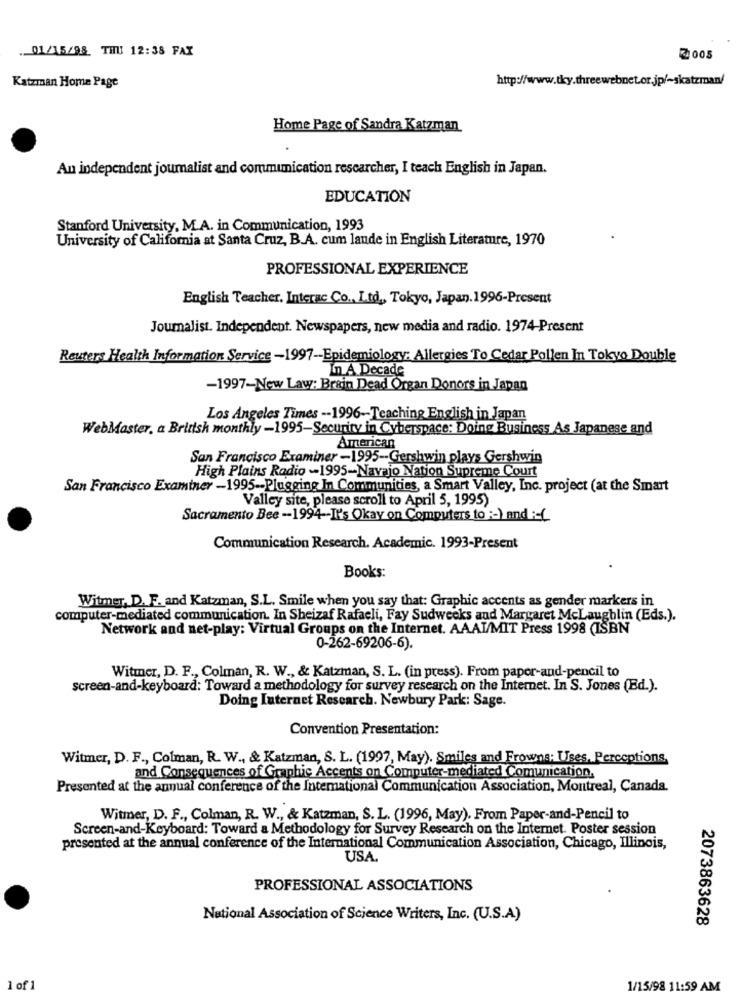
._ 01/15/98 THU 12:38 FAX
₹005
http://www.tky.threewebnet.or.jp/~skatzman/
Katzman Home Page
Home Page of Sandra Katzman
An independent journalist and communication researcher, I teach English in Japan.
EDUCATION
Stanford University, M.A. in Communication, 1993
University of California at Santa Cruz, B.A. cum laude in English Literature, 1970
PROFESSIONAL EXPERIENCE
English Teacher, Interac Co ., Ltd ., Tokyo, Japan.1996-Present
Journalist. Independent. Newspapers, new media and radio. 1974-Present
Reuters Health Information Service -1997-Epidemiology: Allergies To Cedar Pollen In Tokyo Double
In A Decade
-1997-New Law: Brain Dead Organ Donors in Japan
Los Angeles Times -- 1996 -- Teaching English in Japan
WebMaster, a British monthly -1995-Security in Cyberspace: Doing Business As Japanese and
American
San Francisco Examiner -1995 -- Gershwin plays Gershwin
High Plains Radio -1995-Navajo Nation Supreme Court
San Francisco Examiner -1995-Plugging In Communities, a Smart Valley, Inc. project (at the Smart
Valley site, please scroll to April 5, 1995)
Sacramento Bee -- 1994-It's Okay on Computers to :- ) and :- (
Communication Research. Academic. 1993-Present
Books:
Witmer, D. F. and Katzman, S.L. Smile when you say that: Graphic accents as gender markers in
computer-mediated communication. In Sheizaf Rafaeli, Fay Sudweeks and Margaret McLaughlin (Eds.).
Network and net-play: Virtual Groups on the Internet. AAALMIT Press 1998 (ISBN
0-262-69206-6).
Witmer, D. F ., Colman, R. W ., & Katzman, S. L. (in press). From papor-and-pencil to
screen-and-keyboard: Toward a methodology for survey research on the Internet. In S. Jones (Bd.).
Doing Internet Research. Newbury Park: Sage.
Convention Presentation:
Witmer, D. F ., Colman, R. W ., & Katzman, S. L. (1997, May). Smiles and Frowns: Uses, Perceptions,
and Consequences of Graphic Accents on Computer-mediated Comunication.
Presented at the annual conference of the International Communication Association, Montreal, Canada.
Witmer, D. F ., Colman, R. W ., & Katzman, S. L. (1996, May). From Paper-and-Pencil to
Screen-and-Keyboard: Toward a Methodology for Survey Research on the Internet. Poster session
presented at the annual conference of the International Communication Association, Chicago, Illinois,
USA.
PROFESSIONAL ASSOCIATIONS
National Association of Science Writers, Inc. (U.S.A)
2073863628
1 of 1
1/15/98 11:59 AM